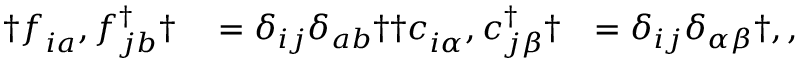
\begin{array} { r l r } { \dag { f _ { i a } ^ { \phantom { \dagger } } , f _ { j b } ^ { \dagger } \dag } } & { { } = \delta _ { i j } \delta _ { a b } \dag \dag { c _ { i \alpha } ^ { \phantom { \dagger } } , c _ { j \beta } ^ { \dagger } \dag } } & { = \delta _ { i j } \delta _ { \alpha \beta } \dag , , } \end{array}